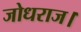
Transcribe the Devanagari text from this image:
जोधराज।